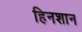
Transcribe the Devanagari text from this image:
हिनशान